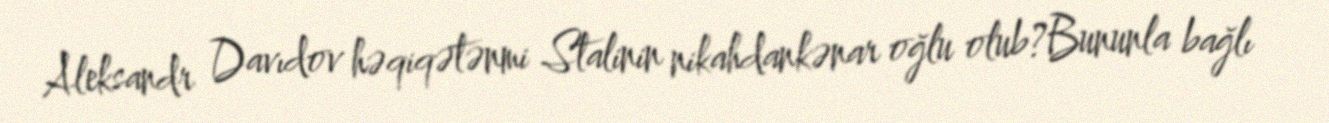
Aleksandr Davıdov həqiqətənmi Stalinin nikahdankənar oğlu olub?Bununla bağlı